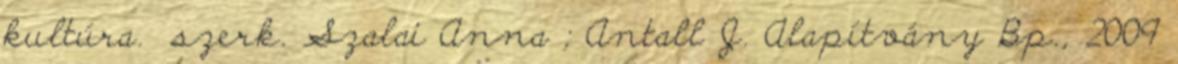
kultúra. szerk. Szalai Anna ; Antall J. Alapítvány Bp., 2009